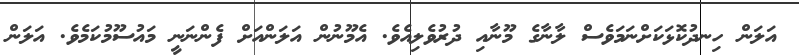
އަލަން ހިނދުކޮޅަކަށްނަމަވެސް ލާނާގެ މޫނާއި ދުރުވެލިއެވެ. އެމޫނުން އަލަންއަށް ފެންނަނީ މައުސޫމުކަމެވެ. އަލަން